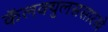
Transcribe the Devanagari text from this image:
कॅलक्युलससारखे